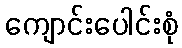
ကျောင်းပေါင်းစုံ